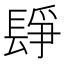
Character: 𨲌